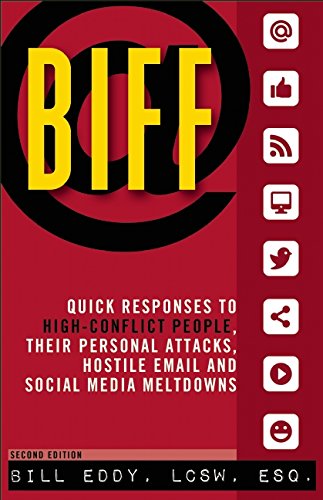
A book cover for BIFF: Quick Responses to High-Conflict People, Their Personal Attacks, Hostile Email and Social Media Meltdowns; Bill Eddy; Self-Help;